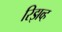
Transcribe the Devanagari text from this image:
रिझव्ह